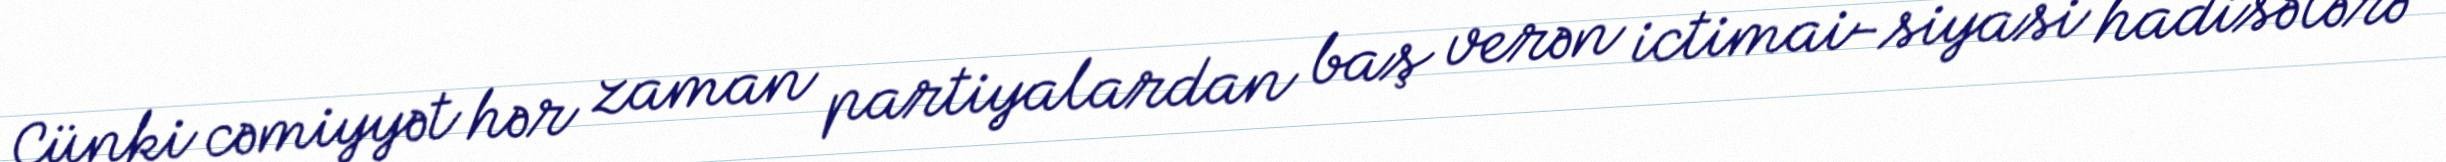
Çünki cəmiyyət hər zaman partiyalardan baş verən ictimai-siyasi hadisələrə